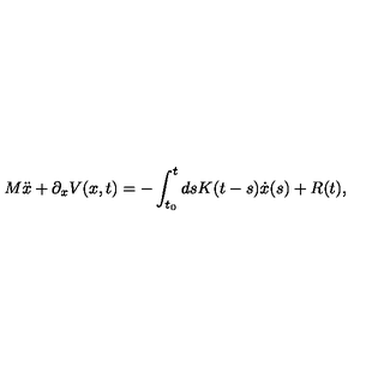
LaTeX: M \ddot { x } + \partial _ { x } V ( x , t ) = - \int _ { t _ { 0 } } ^ { t } d s K ( t - s ) \dot { x } ( s ) + R ( t ) ,